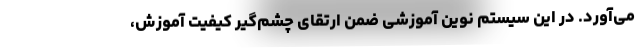
می‌آورد. در این سیستم نوین آموزشی ضمن ارتقای چشم‌گیر کیفیت آموزش،